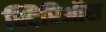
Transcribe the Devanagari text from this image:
स्टिरिऑस